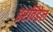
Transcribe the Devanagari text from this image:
इरविंडेल